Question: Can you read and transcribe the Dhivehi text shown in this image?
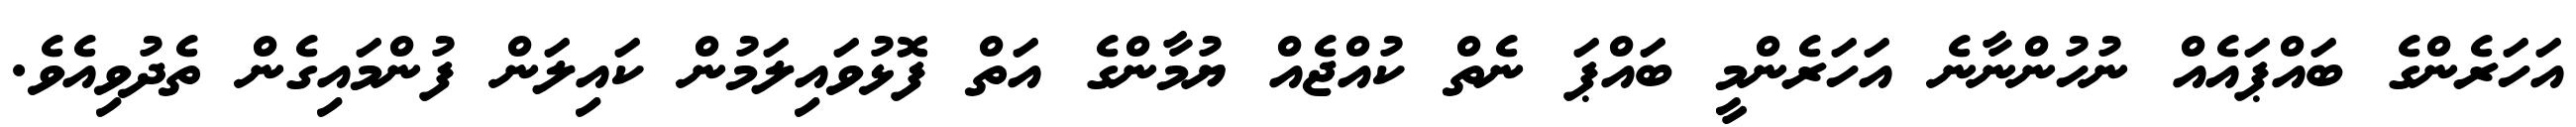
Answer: އަހަރެންގެ ބައްޕައެއް ނުހުންނާނެ އަހަރެންމީ ބައްޕަ ނެތް ކުއްޖެއް ޔުމާންގެ އަތް ފޮޅުވައިލަމުން ކައިލަން ފުންމައިގެން ތެދުވިއެވެ.